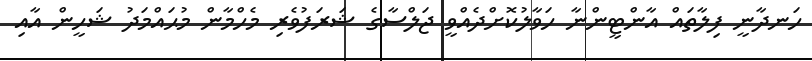
ހަނދާނީ ފިލާތައް އާންޓީންނާ ހަވާލުކޮށްދެއްވީ ޖަލްސާގެ ޝަރަފުވެރި މެހްމާން މުޙައްމަދު ޝަހީން އާއި